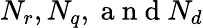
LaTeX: N_{r},N_{q},\mathrm{~a~n~d~}N_{d}